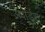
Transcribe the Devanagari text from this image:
ॲवॉर्ड्‌स